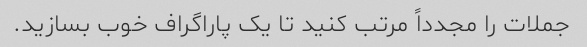
جملات را مجدداً مرتب کنید تا یک پاراگراف خوب بسازید.